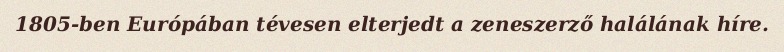
1805-ben Európában tévesen elterjedt a zeneszerző halálának híre.